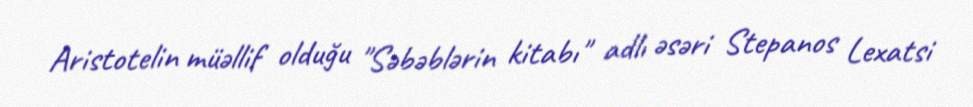
Aristotelin müəllif olduğu "Səbəblərin kitabı" adlı əsəri Stepanos Lexatsi